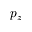
p _ { z }